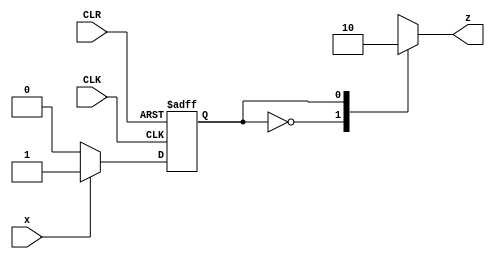
module HW6_P9(
	input x, CLK, CLR,
	output reg z	);
	reg state;

	parameter A =2'b00,B = 2'b01,C = 2'b10,D = 3'b11;
	always @ (posedge CLK, negedge CLR)
		if (CLR == 0) state <= A;
		else case (state)
						A: if (x) state <= B;else state <= A;
						B: if (x) state <= B;else state <= C;
						C: if (x) state <= B;else state <= D;
						D: if (x) state <= B;else state <= A;
		endcase
	always @ (state, x)
					case (state)
							A,C: z = 1;
							B,D: z = 0;
					endcase
endmodule